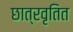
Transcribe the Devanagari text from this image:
छात्रवृतित